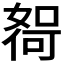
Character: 𫱖